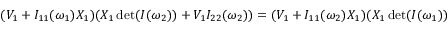
\begin{array} { r } { ( V _ { 1 } + I _ { 1 1 } ( \omega _ { 1 } ) X _ { 1 } ) ( X _ { 1 } \operatorname* { d e t } ( I ( \omega _ { 2 } ) ) + V _ { 1 } I _ { 2 2 } ( \omega _ { 2 } ) ) = ( V _ { 1 } + I _ { 1 1 } ( \omega _ { 2 } ) X _ { 1 } ) ( X _ { 1 } \operatorname* { d e t } ( I ( \omega _ { 1 } ) ) + V _ { 1 } I _ { 2 2 } ( \omega _ { 1 } ) ) . } \end{array}